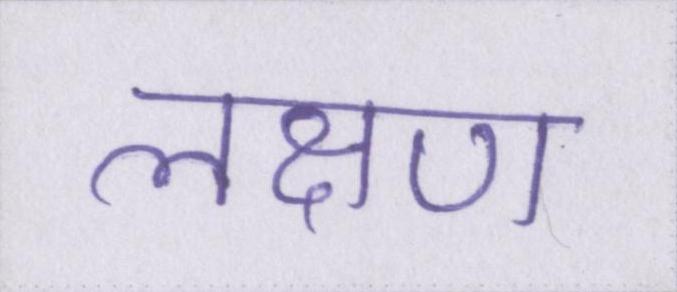
लक्षण